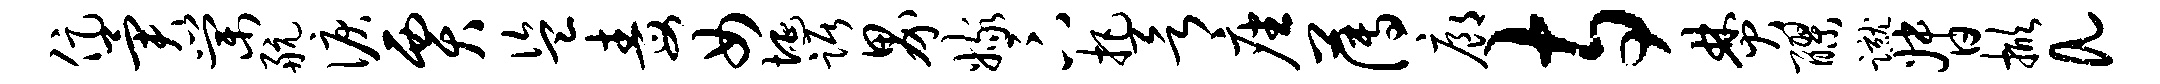
促异棠航泪贾盗毒女埏踞界嫁卞把欲座薄廊寺焚醪蹴督掀a